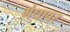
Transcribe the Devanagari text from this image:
गंधावर